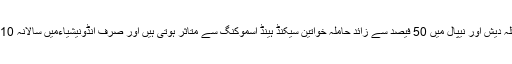
تحقیق میں مزید بتایا گیا کہ انڈونیشیا، اردن، بنگلہ دیش اور نیپال میں 50 فیصد سے زائد حاملہ خواتین سیکنڈ ہینڈ اسموکنگ سے متاثر ہوتی ہیں اور صرف انڈونیشیاءمیں سالانہ 10 ہزار سے زائد مردہ بچوں کی پیدائش ہوتی ہے۔